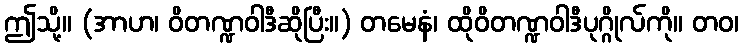
ဤသို့။ (အာဟ၊ ဝိတဏ္ဍဝါဒီဆိုပြီး။) တမေနံ၊ ထိုဝိတဏ္ဍဝါဒီပုဂ္ဂိုလ်ကို။ တဝ၊